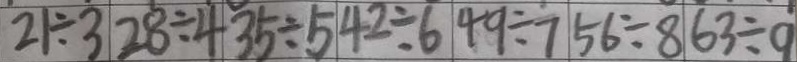
2 1 \div 3 2 8 \div 4 3 5 \div 5 4 2 \div 6 4 9 \div 7 5 6 \div 8 6 3 \div 9